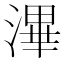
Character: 滭